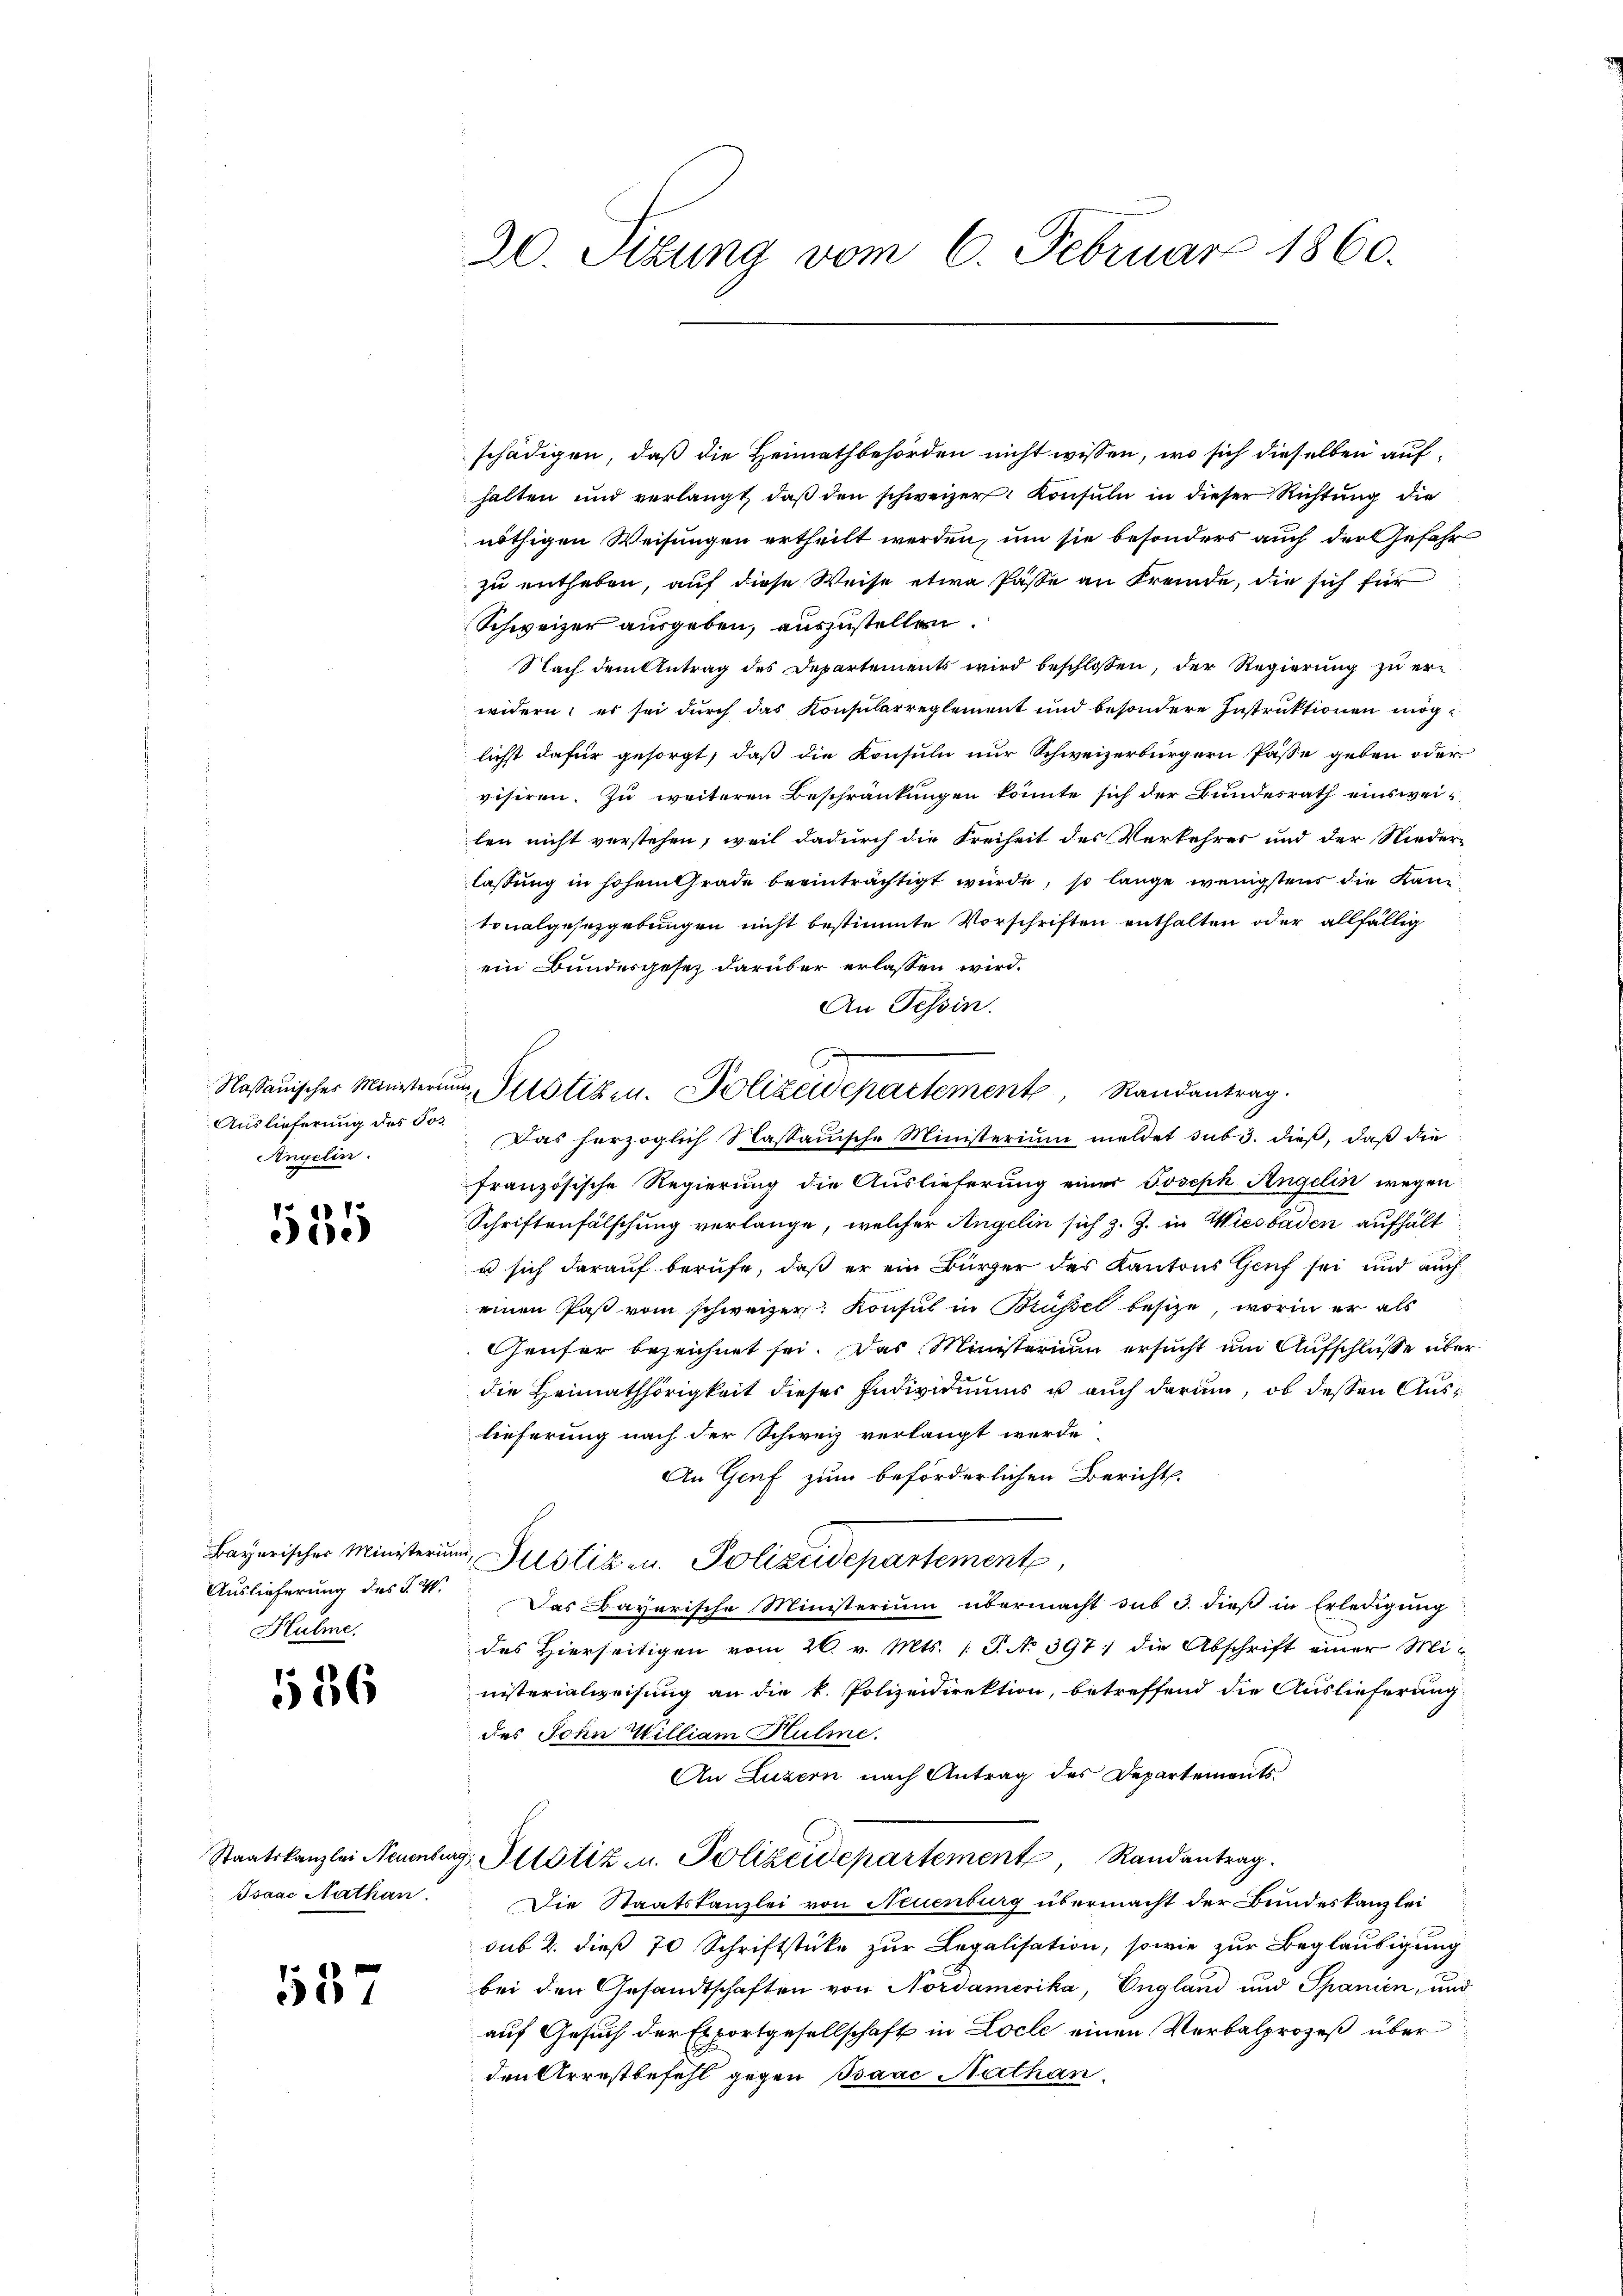
Auslieferung des Jos.
Angelin.

11
5te

Hulme

136

Isaac Nathan.

137

20. Situng vom 6. Februar 1860.

schädigen, daß die Heimathbehörden nicht wissen, wo sich dieselben aufhalten und verlangt, daβ den schweizer. Konsuln in dieser Richtung die
nöthigen Weisungen ertheilt werden, um sie besonders auch der Gefahr
zu entheben, auf diese Weise etwa Pässe an Fremde, die sich für
Schweizer ausgeben, auszustellen.
Nach dem Antrag des Departements wird beschlossen, der Regierung zu erwidern; es sei durch das Konsularreglement und besondere Instruktionen möglicht dafür gesorgt, daß die Konsuln nur Schweizerbürgern Pässe geben oder
visiren. Zu weiteren Beschränkungen könnte sich der Bundesrath einswei-
len nicht verstehen, weil dadurch die Freiheit des Verkehres und der Nieder-
lassung in hohem Grade beeinträchtigt würde, so lange wenigstens die Kantonalgesetzgebungen nicht bestimmte Vorschriften enthalten oder allfällig
ein Bundesgesez darüber erlassen wird.
An Tessin.
Das herzoglich Sassauische Ministerium meldet sub 3. dieß, daß die
französische Regierung die Auslieferung einer Joseph Angelin wegen
Schriftenfälschung verlange, welcher Angelin sich z. Z. in Wiesbaden aufhält
u sich darauf berufe, daß er ein Bürger des Kantons Genf sei und auch
einen Paß vom schweizer. Konsul in Brüssel besize, worin er als
Genfer bezeichnet sei. Das Ministerium ersucht um Aufschlusse über
die Heimathörigkeit dieser Individuums u auch darum, ob dessen Auslieferung nach der Schweiz verlangt werde.
An Genf zum beförderlichen Bericht.
Bayerischer Ministerung, Justiz u. Polizeidepartement
Auslieferung des §. 4. Das Bayerische Ministerium übermacht sub 3. dieß in Erledigung
des Hierseitigen vom 26. v. Mts. (T. No 397: die Abschrift einer Ministerialweisung an die k. Polizeidirektion, betreffend die Auslieferung
des Sohn William Hulme
An Luzern nach Antrag des Departements-
Staatskanzlei Neuenburg, Notiz u. Polizeidepartement Randantrag
Die Staatskanzlei von Neuenburg übermacht der Bundeskanzlei
sub 2. dieß 70 Schriftstücke zur Legalisation, sowie zur Beglaubigung
bei den Gesandtschaften von Nordamerika, England und Spanien, und
auf Gesuch der Exportgesellschaft in Locle einen Verbalprozeß über
den Arrestbefehl gegen Bsaac Nathan.

f
Nassauischer Ministerium, Potizen. Polizeidepartement Randantrag.